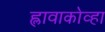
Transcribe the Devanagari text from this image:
ह्लावाकोव्हा